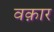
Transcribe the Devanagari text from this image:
वक़ार